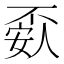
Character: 𰀘